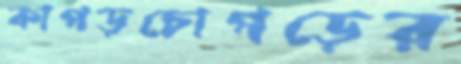
কাপড়চোপড়ের